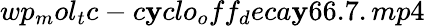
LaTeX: wp_{m}ol_{t}c-c\mathbf{y}clo_{o}ff_{d}eca\mathbf{y}66.7.mp4